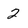
Character: 2